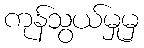
ကုန်သွယ်မှုမှ